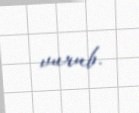
vurub.